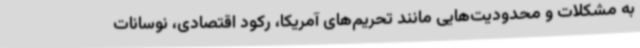
به مشکلات و محدودیت‌هایی مانند تحریم‌های آمریکا، رکود اقتصادی، نوسانات